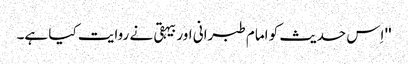
'' اِس حدیث کو امام طبرانی اور بیہقی نے روایت کیا ہے۔